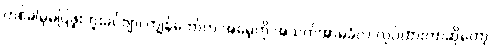
တစ်ခါမှမပြဖူးဘူးခင်ဗျာ၊ ကျွန်တော်က အမေ့ကို အသက်အာမခံလဲ လုပ်ထားတာဆိုတော့